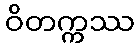
ဝိတက္ကဿ